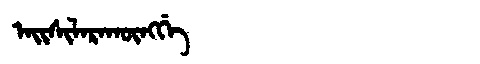
Manchu: ᠠᡳᠰᡳᠯᠠᡵᠠᡴᡡᠩᡤᡝ
Romanization: AISILARAKŪNGGE